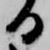
る